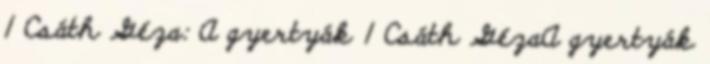
1 Csáth Géza: A gyertyák 1 Csáth GézaA gyertyák